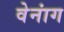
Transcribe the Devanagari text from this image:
वेनांग